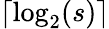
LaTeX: \lceil\log_{2}(s)\rceil